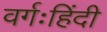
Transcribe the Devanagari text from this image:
वर्गःहिंदी